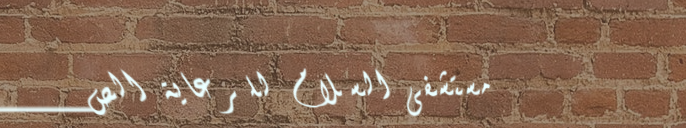
مستشفى السلام للرعاية الص